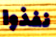
نفذوا